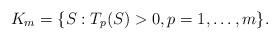
LaTeX: \begin{align*}K_m=\{S: T_p(S)>0,p=1,\dots ,m\}.\end{align*}